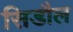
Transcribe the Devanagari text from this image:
सिडौल